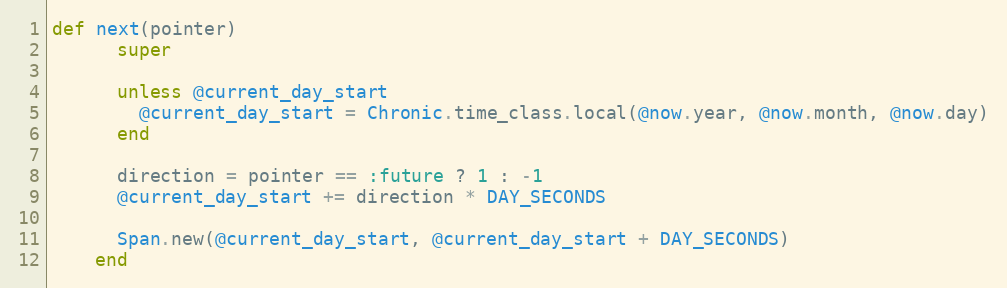
Language: Ruby
def next(pointer)
      super

      unless @current_day_start
        @current_day_start = Chronic.time_class.local(@now.year, @now.month, @now.day)
      end

      direction = pointer == :future ? 1 : -1
      @current_day_start += direction * DAY_SECONDS

      Span.new(@current_day_start, @current_day_start + DAY_SECONDS)
    end